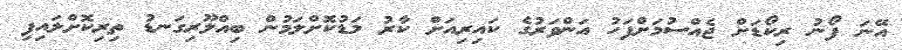
އޭނަ ފޯނު ރިކޯޑަށް ޖެއްސުމަށްފަހު އަންވަރުގެ ކައިރިއަށް ކާރު މަޑުކޮށްލަމުން ބިއްލޫރިގަނޑު ތިރިކޮށްލައިފި